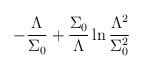
LaTeX: \begin{align*}-\frac{\Lambda}{\Sigma_0}+\frac{\Sigma_0}{\Lambda}\ln\frac{\Lambda^2}{\Sigma_0^2}\end{align*}